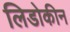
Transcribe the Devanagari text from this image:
लिडोकीन